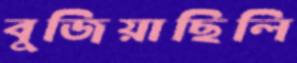
বুজিয়াছিলি